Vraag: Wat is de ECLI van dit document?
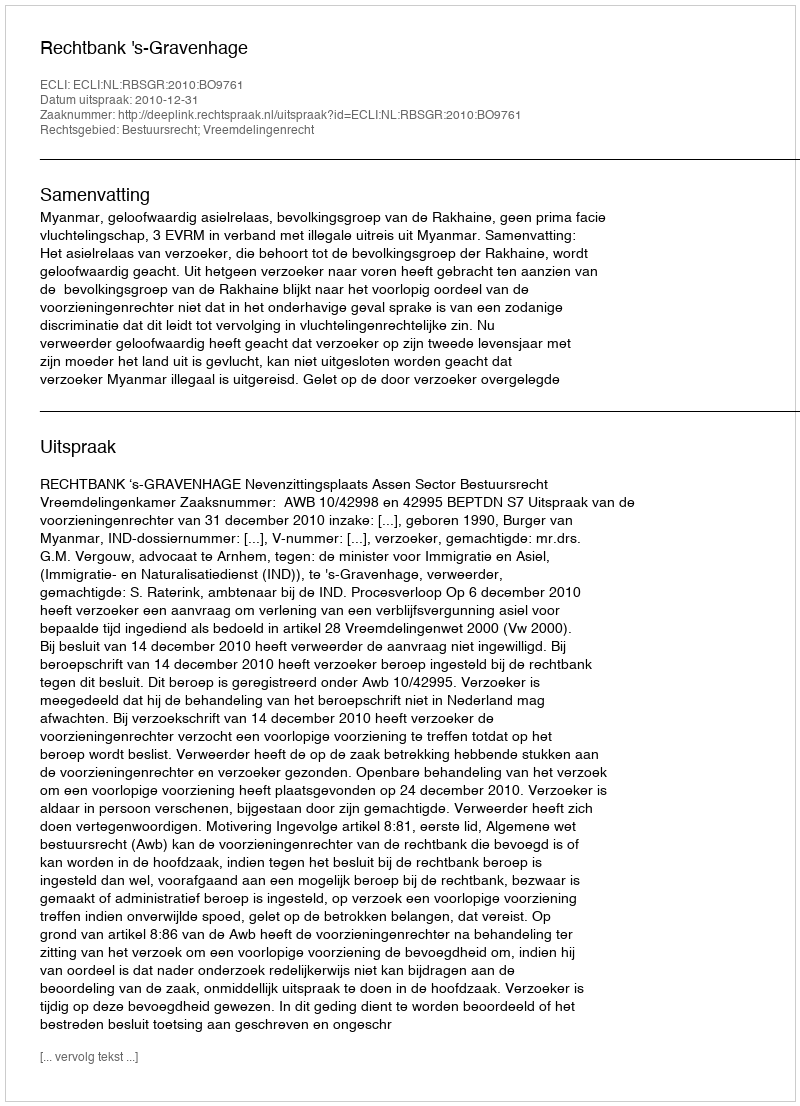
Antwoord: ECLI:NL:RBSGR:2010:BO9761